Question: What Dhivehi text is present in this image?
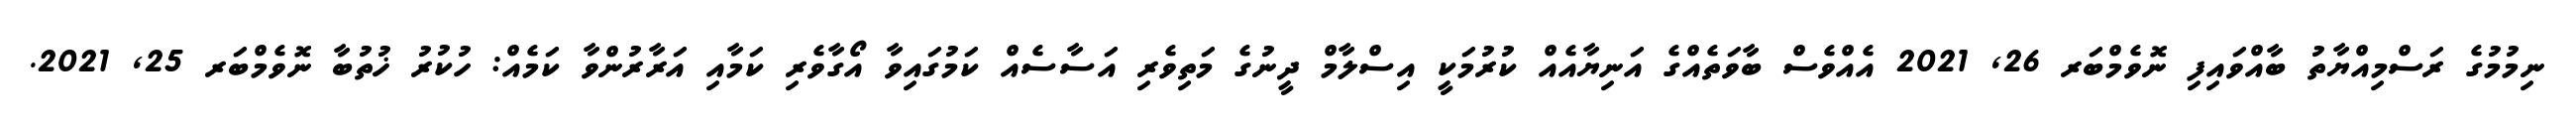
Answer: ނިމުމުގެ ރަސްމިއްޔާތު ބާއްވައިފި ނޮވެމްބަރ 26, 2021 އެއްވެސް ބާވަތެއްގެ އަނިޔާއެއް ކުރުމަކީ އިސްލާމް ދީނުގެ މަތިވެރި އަސާސެއް ކަމުގައިވާ އޯގާވެރި ކަމާއި އަރާރުންވާ ކަމެއް: ހުކުރު ޚުތުބާ ނޮވެމްބަރ 25, 2021.